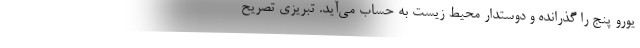
یورو پنج را گذرانده و دوستدار محیط زیست به حساب می‌آید. تبریزی تصریح